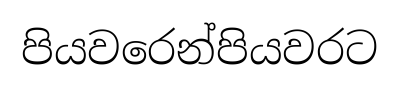
පියවරෙන්පියවරට